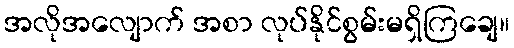
အလိုအလျောက် အစာ လုပ်နိုင်စွမ်းမရှိကြချေ။